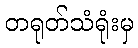
တရုတ်သံရုံးမှ